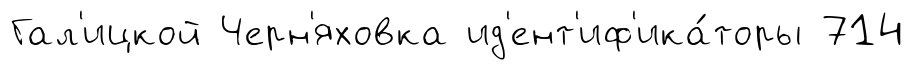
Гал'ицкой Черн'яховка ид'ент'иф'ика́торы 714